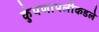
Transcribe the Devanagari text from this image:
कुंपणापलीकडले